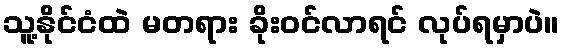
သူ့နိုင်ငံထဲ မတရား ခိုးဝင်လာရင် လုပ်ရမှာပဲ။